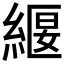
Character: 𮈧